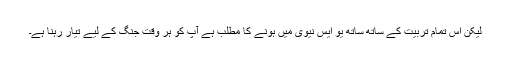
لیکن اس تمام تربیت کے ساتھ ساتھ یو ایس نیوی میں ہونے کا مطلب ہے آپ کو ہر وقت جنگ کے لیے تیار رہنا ہے۔